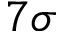
7 \sigma